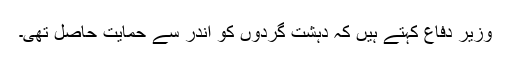
وزیر دفاع کہتے ہیں کہ دہشت گردوں کو اندر سے حمایت حاصل تھی۔